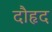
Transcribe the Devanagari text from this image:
दौहृद